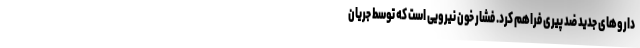
داروهای جدید ضد پیری فراهم کرد. فشار خون نیرویی است که توسط جریان